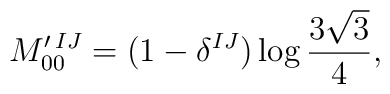
M_{00}^{\prime\,IJ}=\bigl(1-\delta^{IJ}\bigr)\log\frac{3\sqrt{3}}{4},